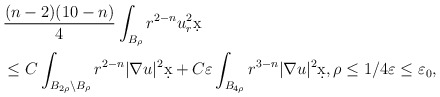
\begin{align*}&\frac{(n-2)(10-n)}{4} \int_{B_{\rho}} r^{2-n} u_r^2 \d x \\& \leq C \int_{B_{2\rho} \setminus B_{\rho}} r^{2-n} |\nabla u|^2 \d x + C \varepsilon \int_{B_{4\rho}} r^{3-n} |\nabla u|^2 \d x, \rho \leq 1/4 \varepsilon \leq \varepsilon_0,\end{align*}